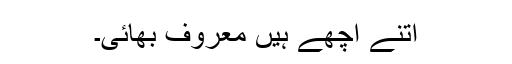
اتنے اچھے ہیں معروف بھائی۔